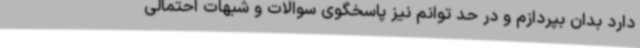
دارد بدان بپردازم و در حد توانم نیز پاسخگوی سوالات و شبهات احتمالی